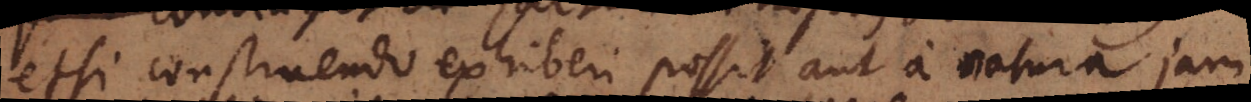
etsi construendo exhiberi possit aut a natura jam